Proceedings of the meeting of veterinary officers in India
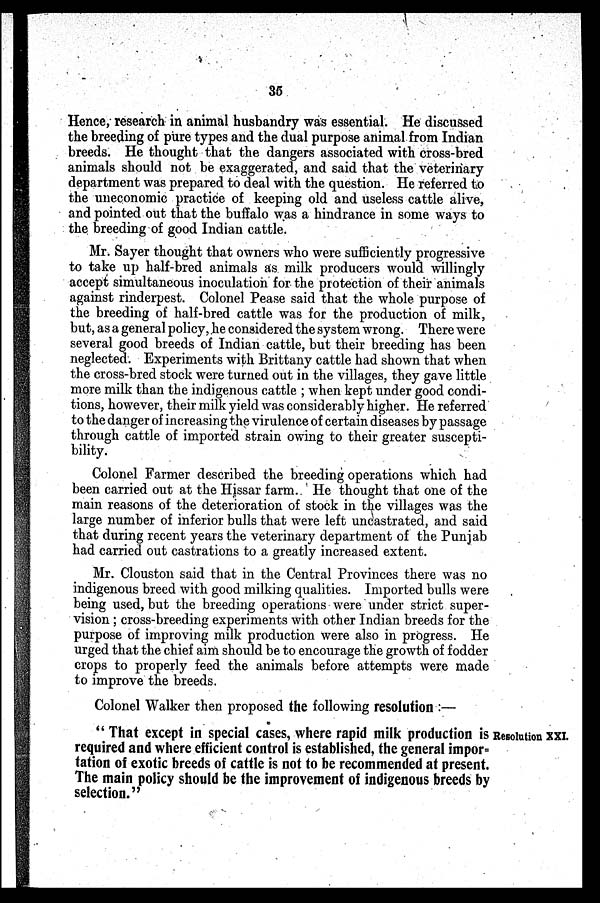
35
Hence, research in animal husbandry was essential. He discussed
the breeding of pure types and the dual purpose animal from Indian
breeds. He thought that the dangers associated with cross-bred
animals should not be exaggerated, and said that the veterinary
department was prepared to deal with the question. He referred to
the uneconomic practice of keeping old and useless cattle alive,
and pointed out that the buffalo was a hindrance in some ways to
the breeding of good Indian cattle.
Mr. Sayer thought that owners who were sufficiently progressive
to take up half-bred animals as milk producers would willingly
accept simultaneous inoculation for the protection of their animals
against rinderpest. Colonel Pease said that the whole purpose of
the breeding of half-bred cattle was for the production of milk,
but, as a general policy, he considered the system wrong. There were
several good breeds of Indian cattle, but their breeding has been
neglected. Experiments with Brittany cattle had shown that when
the cross-bred stock were turned out in the villages, they gave little
more milk than the indigenous cattles; when kept under good condi-
tions, however, their milk yield was considerably higher. He referred
to the danger of increasing the virulence of certain diseases by passage
through cattle of imported strain owing to their greater suscepti-
bility.
Colonel Farmer described the breeding operations which had
been carried out at the Hissar farm. He thought that one of the
main reasons of the deterioration of stock in the villages was the
large number of inferior bulls that were left uncastrated, and said
that during recent years the veterinary department of the Punjab
had carried out castrations to a greatly increased extent.
Mr. Clouston said that in the Central Provinces there was no
indigenous breed with good milking qualities. Imported bulls were
being used, but the breeding operations were under strict super-
vision; cross-breeding experiments with other Indian breeds for the
purpose of improving milk production were also in progress. He
urged that the chief aim should be to encourage the growth of fodder
crops to properly feed the animals before attempts were made
to improve the breeds.
Colonel Walker then proposed the following resolution:—
Resolution XXI.
"That except in special cases, where rapid milk production is
required and where efficient control is established, the general impor=
tation of exotic breeds of cattle is not to be recommended at present.
The main policy should be the improvement of indigenous breeds by
selection."